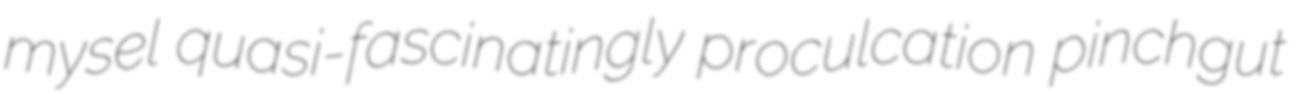
mysel quasi-fascinatingly proculcation pinchgut